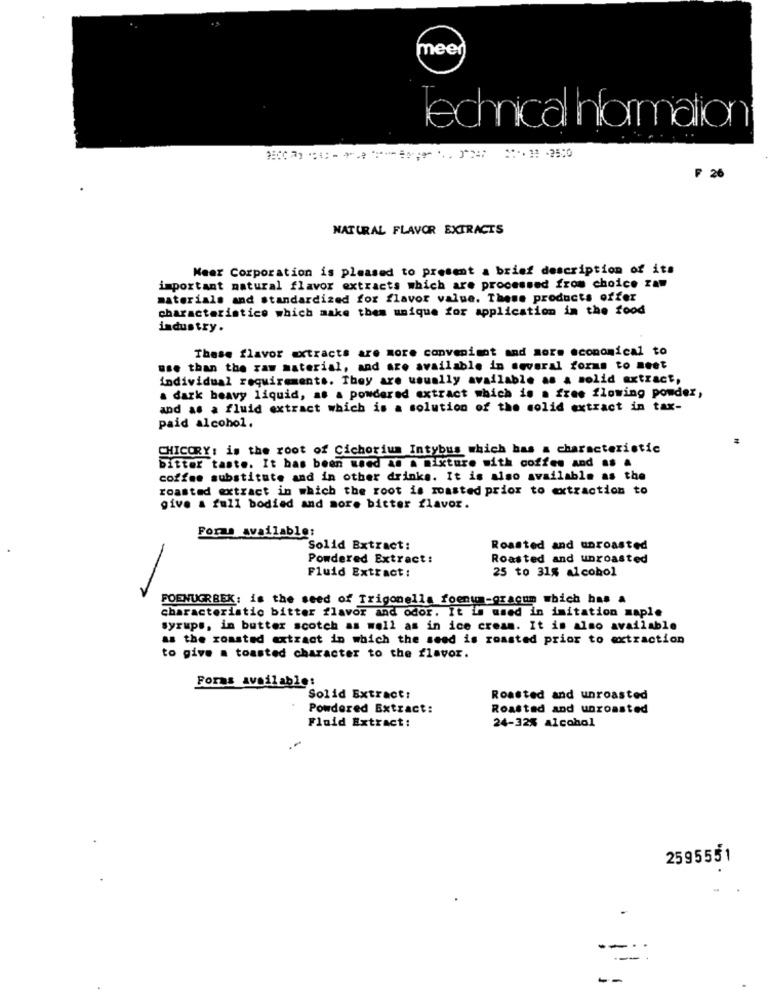
meen
Technical Information
**** 1 -2500
₱ 26
NATURAL FLAVOR EXTRACTS
Meer Corporation is pleased to present a brief description of its
important natural flavor extracts which are processed from choice zam
materials and standardized for flavor value. These products offer
characteristics which make them unique for application in the food
industry.
These flavor extracts are more convenient and more economical to
use than the raw material, and are available in several forms to meet
individual requirements. They are usually available as a solid extract,
a dark beavy liquid, as & powdered extract which is a free flowing powder,
and as a fluid extract which is a solution of the solid extract in tax-
paid alcohol.
CHICORY: is the root of Cichorium Intybus which has a characteristic
bitter taste. It has been weed as A mixture with coffee and as .
coffee substitute and in other drinks. It is also available as the
roasted extract in which the root is roasted prior to extraction to
give a full bodied and more bitter flavor.
Forms Available:
Solid Extract:
Roasted and unroasted
Powdered Extract:
Roasted and unroasted
Fluid Extract:
25 to 31% alcohol
POENUGRBEK: is the seed of Trigonella foenum-gracum which has a
characteristic bitter flavor and odor. It is used in imitation maple
syrups, in butter scotch as well as in ice cream. It is also available
as the roasted extract in which the seed is roasted prior to extraction
to give a toasted character to the flavor.
Forms available:
Solid Extract:
Roasted and unroasted
Powdered Extract:
Roasted and unroasted
Fluid Extract:
24-32% alcohol
2595551
--